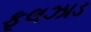
ફૂલઝાડ